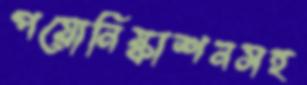
পয়োনিষ্কাশনসহ